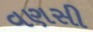
વણસી